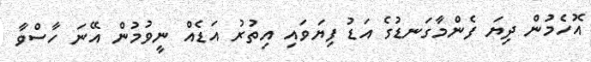
އޮހެމުން ދިޔަ ފެންމާގަނޑުގެ އަޑު ފިޔަވައި އިތުރު އަޑެއް ނީވުމުން އޭނަ ހާސްވާ